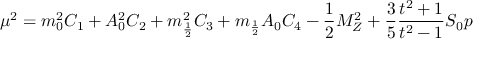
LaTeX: \mu ^ { 2 } = m _ { 0 } ^ { 2 } C _ { 1 } + A _ { 0 } ^ { 2 } C _ { 2 } + m _ { \frac { 1 } { 2 } } ^ { 2 } C _ { 3 } + m _ { \frac { 1 } { 2 } } A _ { 0 } C _ { 4 } - \frac { 1 } { 2 } M _ { Z } ^ { 2 } + \frac { 3 } { 5 } \frac { t ^ { 2 } + 1 } { t ^ { 2 } - 1 } S _ { 0 } p